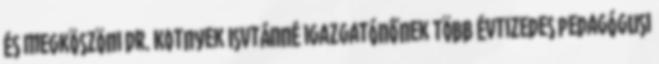
és megköszöni Dr. Kotnyek Isvtánné igazgatónőnek több évtizedes pedagógusi